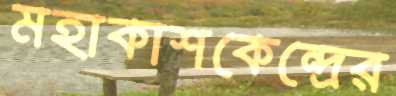
মহাকাশকেন্দ্রের